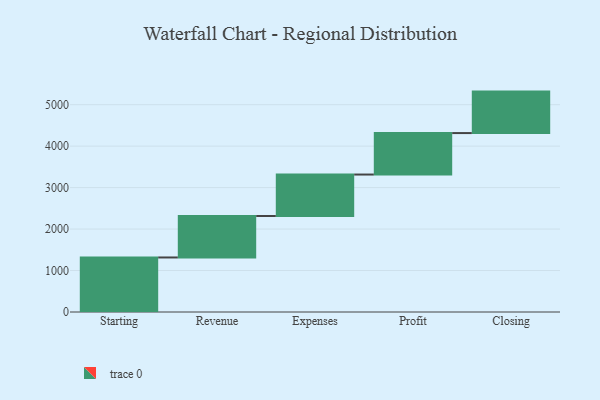
{"axis": {"x": "Step", "y": "Value"}, "legend": [""], "data": [{"x": "Starting", "y": 1315.0, "type": ""}, {"x": "Revenue", "y": 1000, "type": ""}, {"x": "Expenses", "y": 1000, "type": ""}, {"x": "Profit", "y": 1000, "type": ""}, {"x": "Closing", "y": 1000, "type": ""}]}